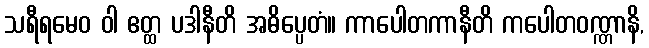
သရီရမေဝ ဝါ ဧတ္ထ ပဒါနီတိ အဓိပ္ပေတံ။ ကာပေါတကာနီတိ ကပေါတဝဏ္ဏာနိ,